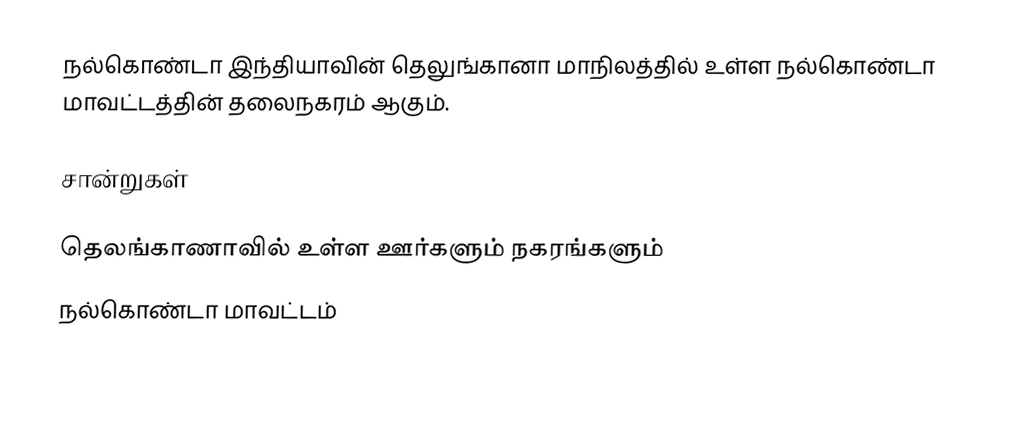
நல்கொண்டா இந்தியாவின் தெலுங்கானா மாநிலத்தில் உள்ள நல்கொண்டா மாவட்டத்தின் தலைநகரம் ஆகும்.

சான்றுகள்

தெலங்காணாவில் உள்ள ஊர்களும் நகரங்களும்
நல்கொண்டா மாவட்டம்